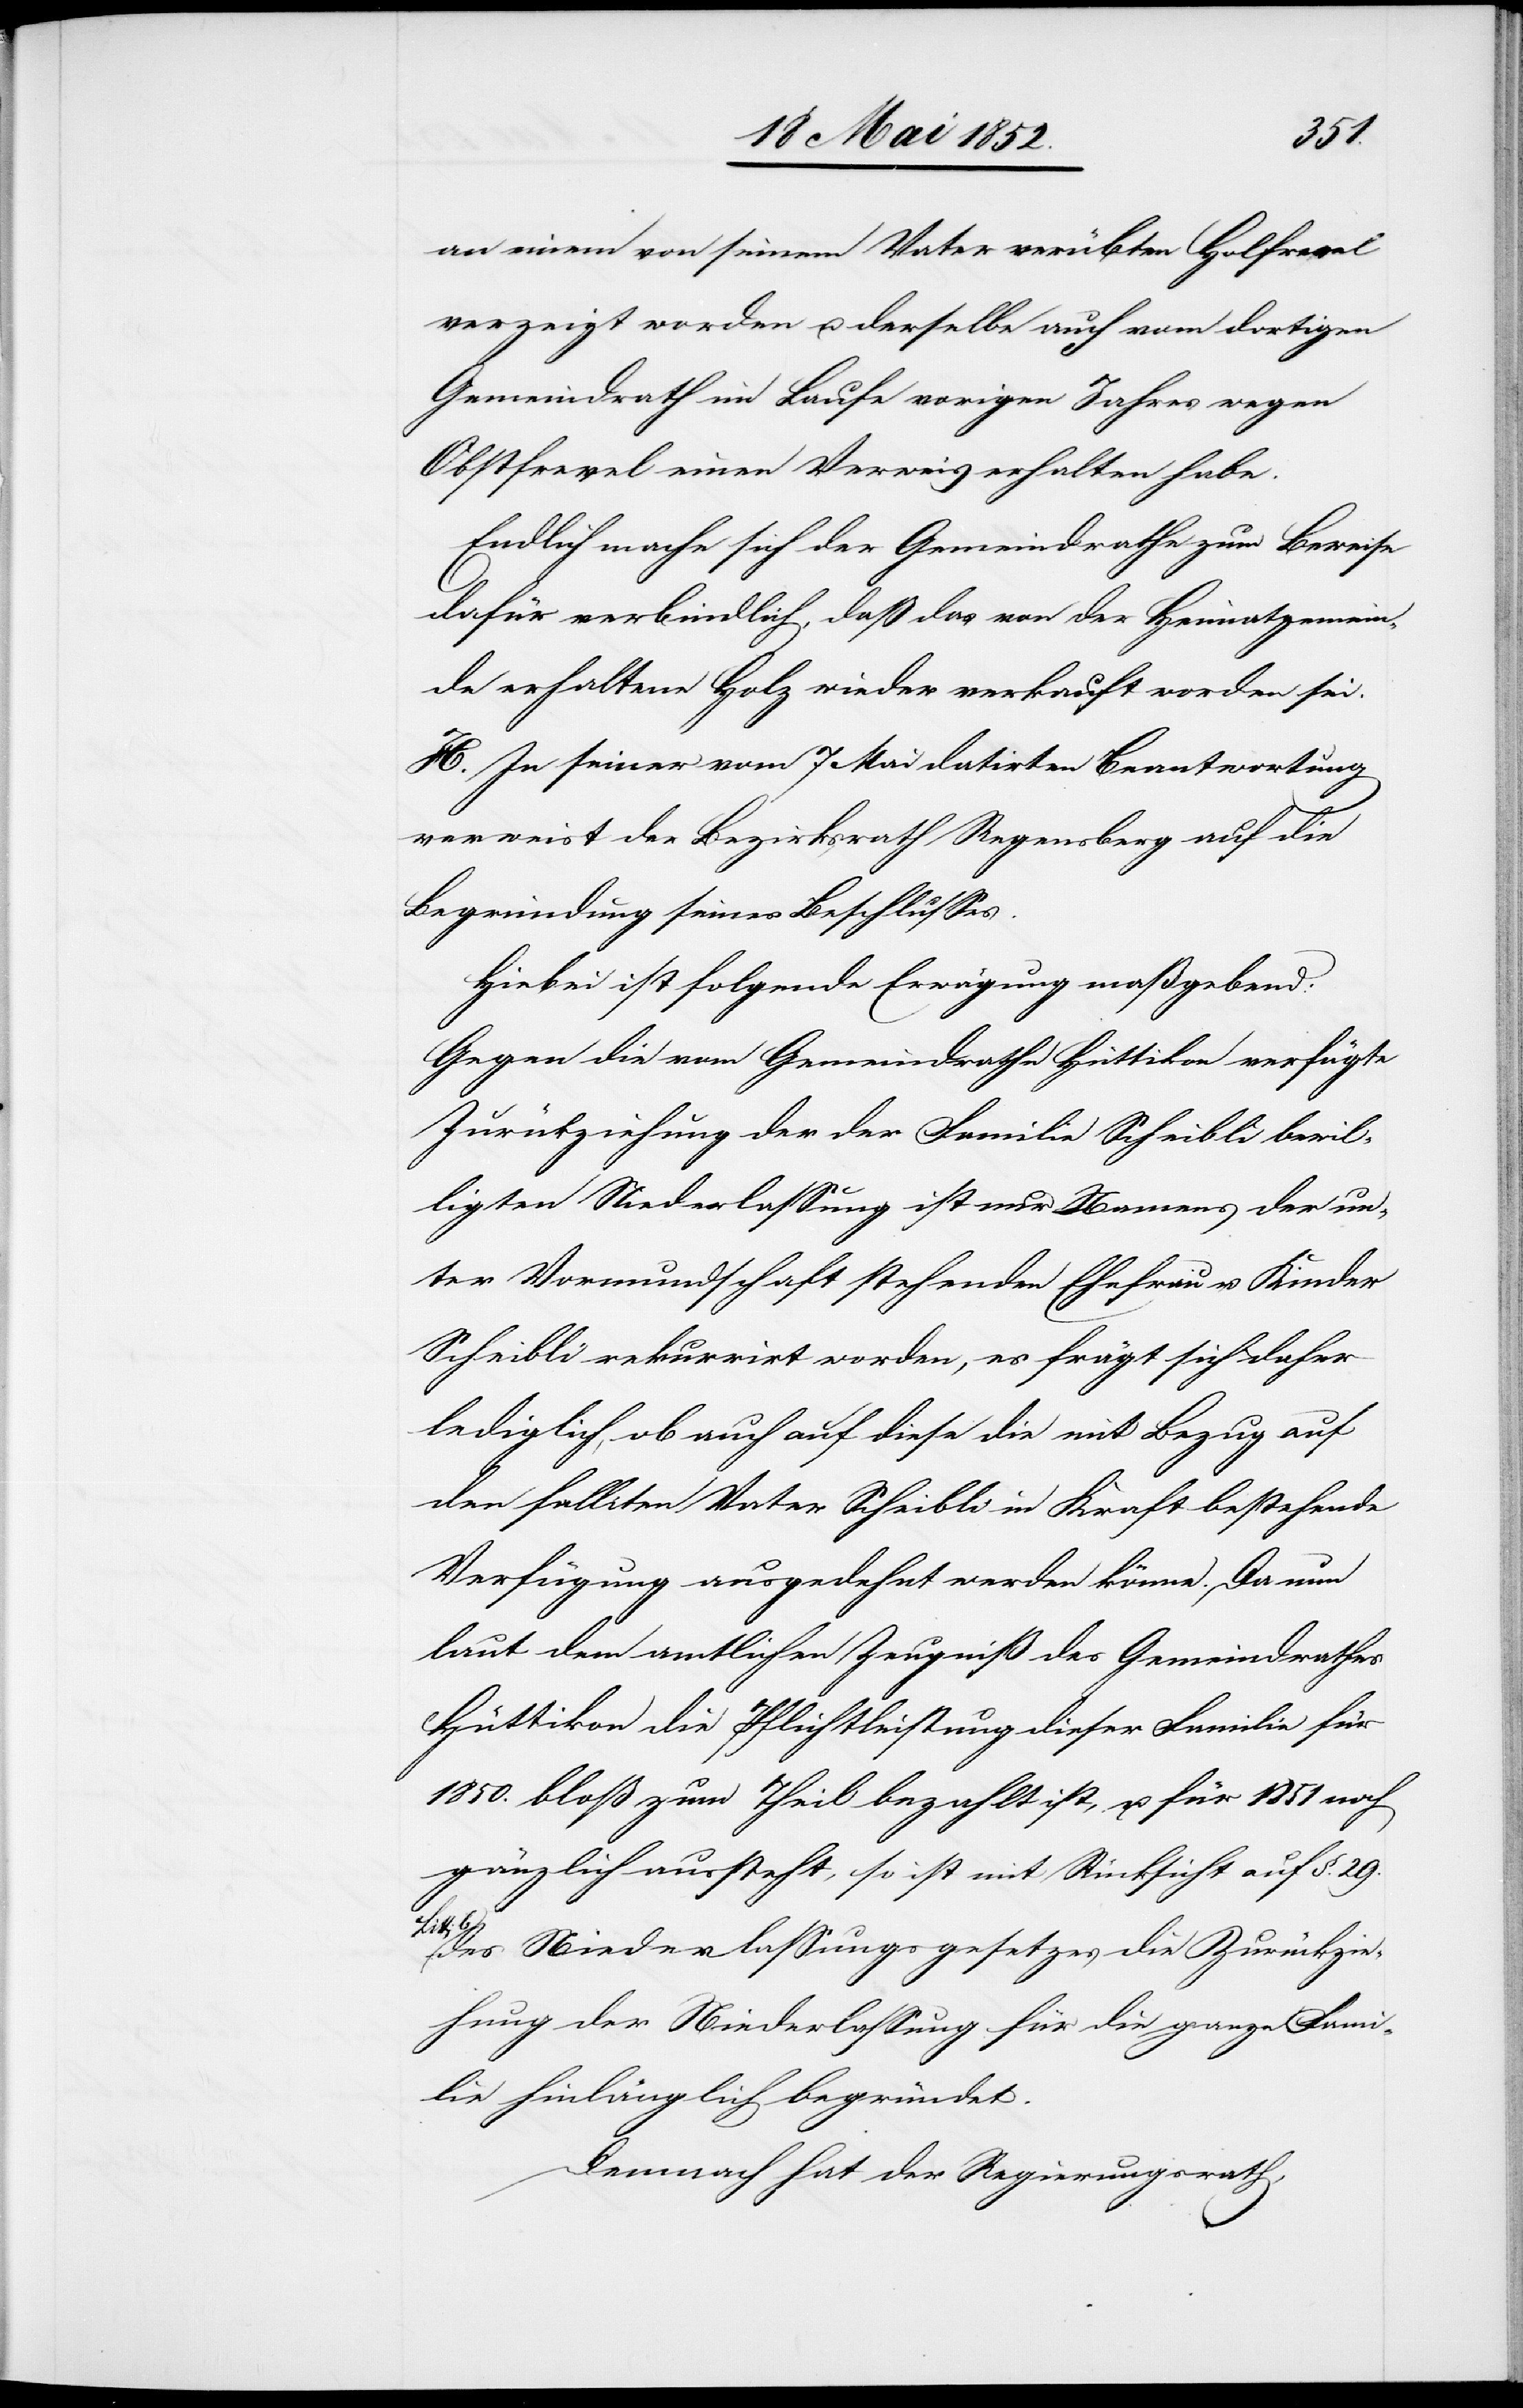
an einem von seinem Vater verübten Hol[z]frevel
verzeigt worden u. derselbe auch vom dortigen
Gemeindrath im Laufe vorigen Jahres wegen
Obstfrevel einen Verweis erhalten habe.
Endlich mache sich der Gemeindrathe [sic!]
dafür verbindlich, daß das von der Heimatgemein¬
de erhaltene Holz wieder verkauft worden sei.
H. In seiner vom 7 Mai datirten Beantwortung
verweist der Bezirksrath Regensberg auf die
Begründung seines Beschlusses.
Hiebei ist folgende Erwägung maßgebend:
Gegen die vom Gemeindrathe Hüttikon verfügte
Zurü[c]kziehung der der Familie Scheibli bewil¬
ligten Niederlassung ist nur Namens der un¬
ter Vormundschaft stehenden Ehefrau u. Kinder
Scheibli rekurrirt worden, es frägt sich daher
lediglich, ob auch auf diese die mit Bezug auf
den falliten Vater Scheibli in Kraft bestehende
Verfügung ausgedehnt werden könne. Da nun
laut dem amtlichen Zeugniß des Gemeindrathes
Hüttikon die Pflichtleistung dieser Familie für
1850. bloß zum Theil bezahlt ist, u. für 1851 noch
gänzlich aussteht, so ist mit Rücksicht auf §. 29.
Litt:
des Niederlassungsgesetzes die Zurückzie¬
hung der Niederlassung für die ganze Fami¬
lie hinlänglich begründet.
Demnach hat der Regierungsrath,